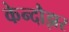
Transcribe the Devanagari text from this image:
केन्दौझर